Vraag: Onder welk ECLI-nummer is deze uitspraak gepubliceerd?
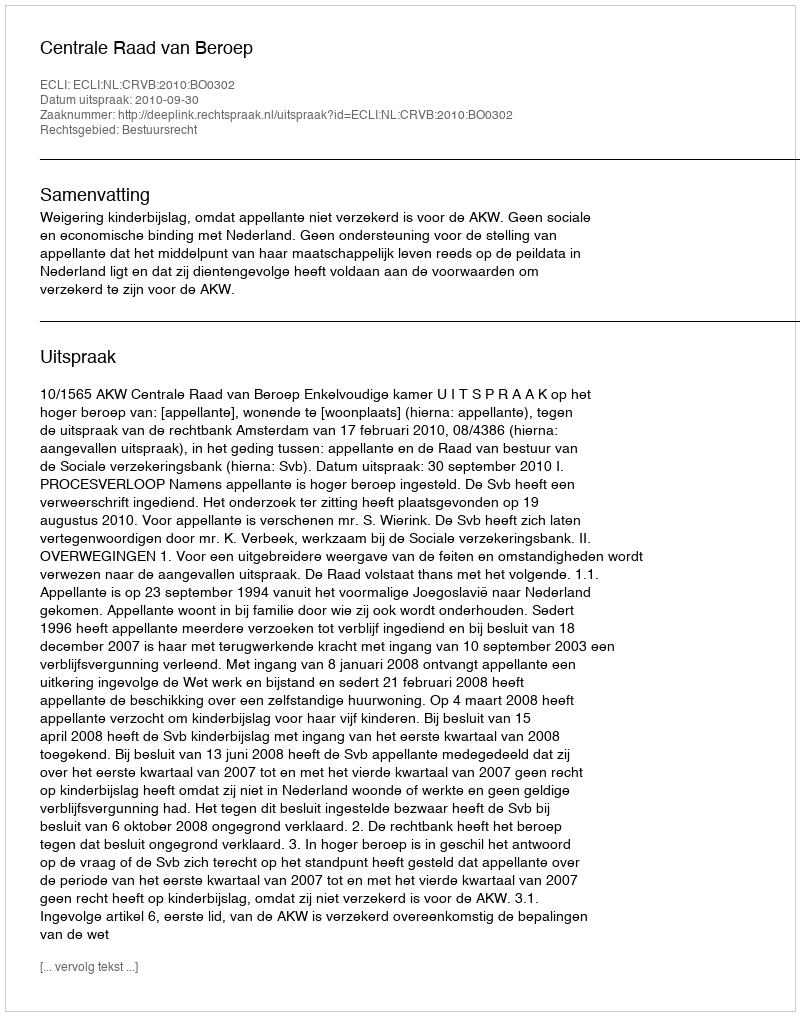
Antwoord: ECLI:NL:CRVB:2010:BO0302